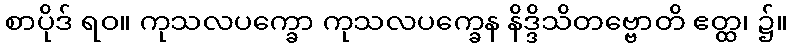
စာပိုဒ် ရဝ။ ကုသလပက္ခော ကုသလပက္ခေန နိဒ္ဒိသိတဗ္ဗောတိ ဧတ္ထ၊ ၌။